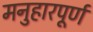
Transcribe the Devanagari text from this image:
मनुहारपूर्ण